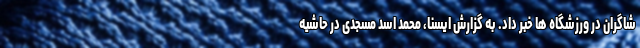
شاگران در ورزشگاه ها خبر داد. به گزارش ایسنا، محمد اسد مسجدی در حاشیه